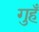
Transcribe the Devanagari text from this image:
गुहँ